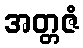
အတ္တဇံ